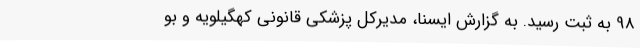
98 به ثبت رسید. به گزارش ایسنا، مدیرکل پزشکی قانونی کهگیلویه و بو